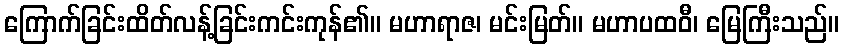
ကြောက်ခြင်းထိတ်လန့်ခြင်းကင်းကုန်၏။ မဟာရာဇ၊ မင်းမြတ်။ မဟာပထဝီ၊ မြေကြီးသည်။